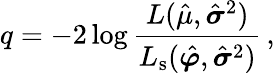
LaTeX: q=-2\log\frac{L(\hat{\mu},\hat{\boldsymbol{\sigma}}^{2})}{L_{\mathrm{s}}(\hat{\boldsymbol{\varphi}},\hat{\boldsymbol{\sigma}}^{2})}\, ,